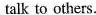
talk to others.